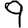
Digit: 9